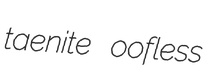
taenite oofless